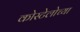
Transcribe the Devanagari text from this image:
कोस्टेलोच्या